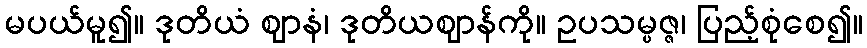
မပယ်မူ၍။ ဒုတိယံ ဈာနံ၊ ဒုတိယဈာန်ကို။ ဥပသမ္ပဇ္ဇ၊ ပြည့်စုံစေ၍။